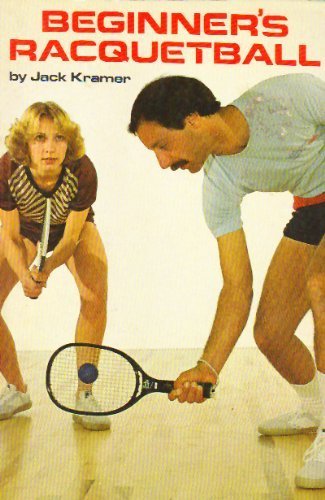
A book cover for Beginner's Racquetball by Kramer, Jack (1979) Paperback; Jack Kramer; Sports & Outdoors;